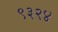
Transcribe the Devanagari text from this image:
९३२४